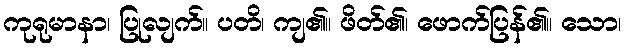
ကုရုမာနာ၊ ပြုလျက်။ ပတိ၊ ကျ၏။ ဖိတ်၏၊ ဖောက်ပြန်၏။ သော၊